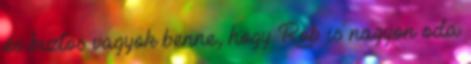
és biztos vagyok benne, hogy Rob is nagyon oda